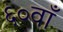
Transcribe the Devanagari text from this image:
६०वाँ